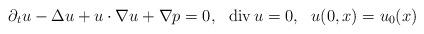
LaTeX: \begin{align*} \partial_t u - \Delta u + u\cdot \nabla u + \nabla p = 0, \ \ {\rm div}\,u=0, \ \ u(0,x) =u_0(x)\end{align*}